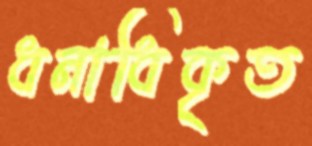
ধনাধিকৃত